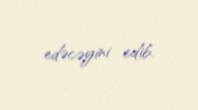
edəcəyini edib.